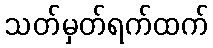
သတ်မှတ်ရက်ထက်